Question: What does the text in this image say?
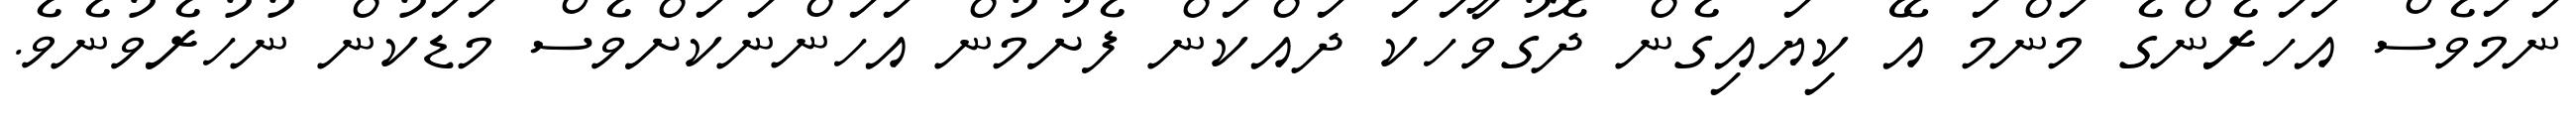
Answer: ނަމަވެސް އަހަރެންގެ މަންމަ އޭ ކިޔައިގެން ދޮގުވާހަކަ ދައްކަން ފެށުމުން އަހަންނަކަށްވެސް މަޑަކުން ނުހުރެވުނެވެ.